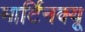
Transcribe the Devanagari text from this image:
मार्टिनक्यू